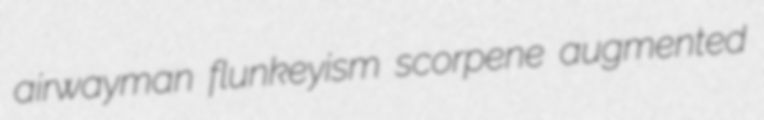
airwayman flunkeyism scorpene augmented